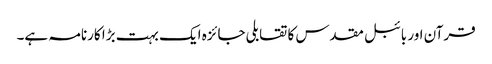
قرآن اور بائبل مقدس کا تقابلی جائزہ ایک بہت بڑا کارنامہ ہے۔